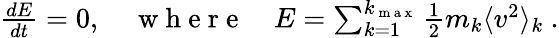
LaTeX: \begin{array}{r}{\frac{dE}{dt}=0,\quad\mathrm{~w~h~e~r~e~}\quad E=\sum_{k=1}^{k_{\mathrm{~m~a~x~}}}\frac{1}{2}m_{k}\langle v^{2}\rangle_{k}\ .}\end{array}